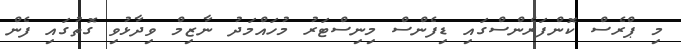
މި ޕްރެސް ކޮންފަރެންސްގައި ޑިފެންސް މިނިސްޓަރު މުހައްމަދު ނާޒިމް ވިދާޅުވި ގޮތުގައި ފެން